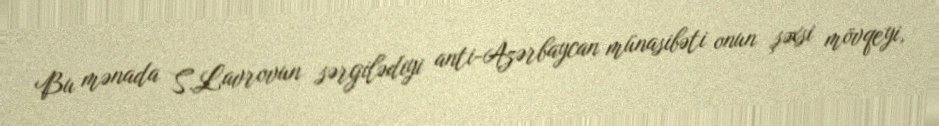
Bu mənada S.Lavrovun sərgilədiyi anti-Azərbaycan münasibəti onun şəxsi mövqeyi,